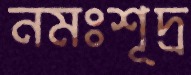
নমঃশূদ্র